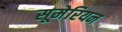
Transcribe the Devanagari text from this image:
सूमेरियन